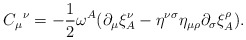
\begin{align*}{C_\mu}^\nu=-\frac 12\omega^A(\partial_\mu\xi^\nu_A-\eta^{\nu\sigma}\eta_{\mu\rho}\partial_\sigma\xi^\rho_A).\end{align*}